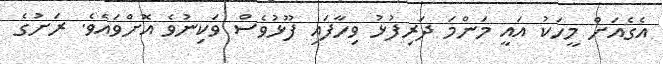
އެގެއަށް މީހަކު އައީ މަންމަ ދަރިފުޅު ވިހާފައި ފޫޅުވެސް ވަކިނުވެ އޮށްވައެވެ. ރަށުގެ